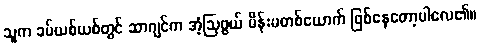
သူက ခပ်ယစ်ယစ်တွင် ဆာဂျင်က အံ့ဩဖွယ် မိန်းမတစ်ယောက် ဖြစ်နေတော့ပါလေ၏။